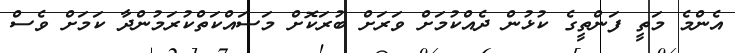
އެންމެ މަތީ ފަންތީގެ ކުޅުން ދެއްކުމަށް ވަރަށް ބުރަކޮށް މަސައްކަތްކުރަމުންދާ ކަމަށް ވެސް